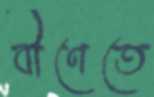
বীণেতে